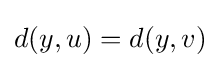
d(y,u)=d(y,v)